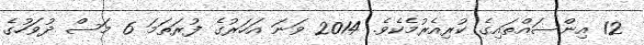
12 އިންސައްތައިގެ ކުރިއެރުމެކެވެ. 2014 ވަނަ އަހަރުގެ ފުރަތަމަ 6 މަސް ދުވަހުގެ